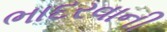
ભાદરવાની